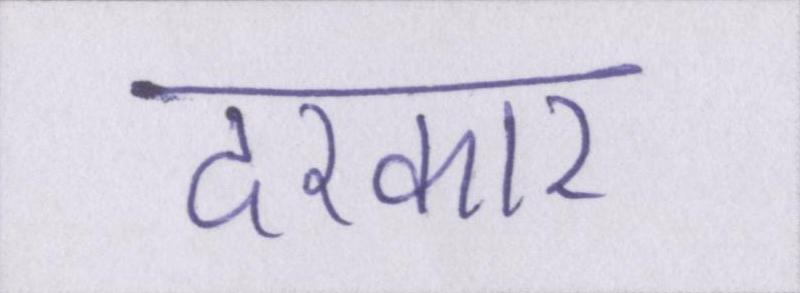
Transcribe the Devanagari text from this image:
दरकार